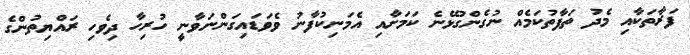
ފަރާތަކާއި މެދު ތަފާތުކަމެއް ނުގެންގުޅޭނެ ކަމަށާއި އެމަނިކުފާނު ވެވަޑައިގަންނަވާނީ ހުރިހާ ދިވެހި ރައްޔިތުންގެ